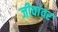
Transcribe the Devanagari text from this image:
जीवांवर